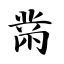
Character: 黹